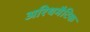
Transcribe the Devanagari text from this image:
अरिथमैटिक